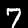
Digit: 7